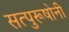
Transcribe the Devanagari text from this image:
सत्पुरूषोनी